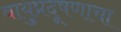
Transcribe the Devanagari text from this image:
वायुप्रदूषणाचा